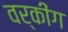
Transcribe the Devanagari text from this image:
वर्कींग